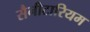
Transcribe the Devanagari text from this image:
सैनीटारियम